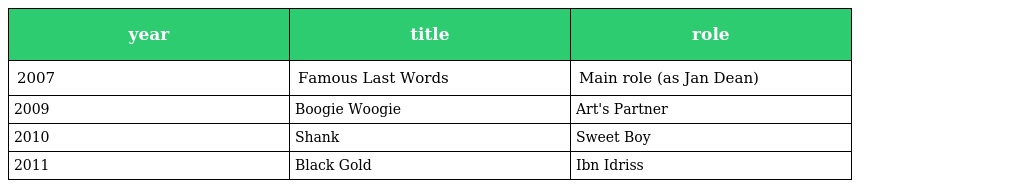
| year | title | role |
 | --- | --- | --- |
 | 2007 | Famous Last Words | Main role (as Jan Dean) |
 | 2009 | Boogie Woogie | Art's Partner |
 | 2010 | Shank | Sweet Boy |
 | 2011 | Black Gold | Ibn Idriss |